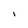
Character: l